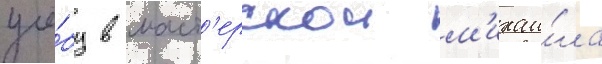
учё́бу в маст'ерскои м'ихаи́ла